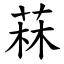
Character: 菻